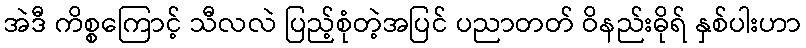
အဲဒီ ကိစ္စကြောင့် သီလလဲ ပြည့်စုံတဲ့အပြင် ပညာတတ် ဝိနည်းဓိုရ် နှစ်ပါးဟာ